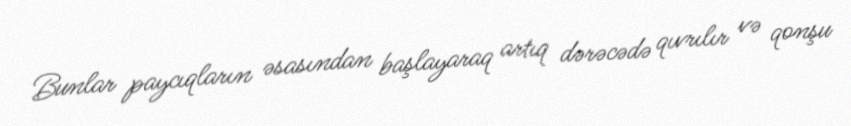
Bunlar paycıqların əsasından başlayaraq artıq dərəcədə qıvrılır və qonşu